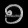
Digit: ၅